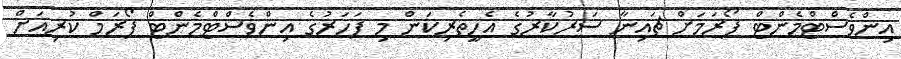
އިންވެސްޓްމެންޓް ފޯރަމަށް ޗައިނާ ސަރުކާރުގެ އެހީތެރިކަން މި ފަހަރުގެ އިންވެސްޓްމެންޓް ފޯރަމް ކުރިއަށް